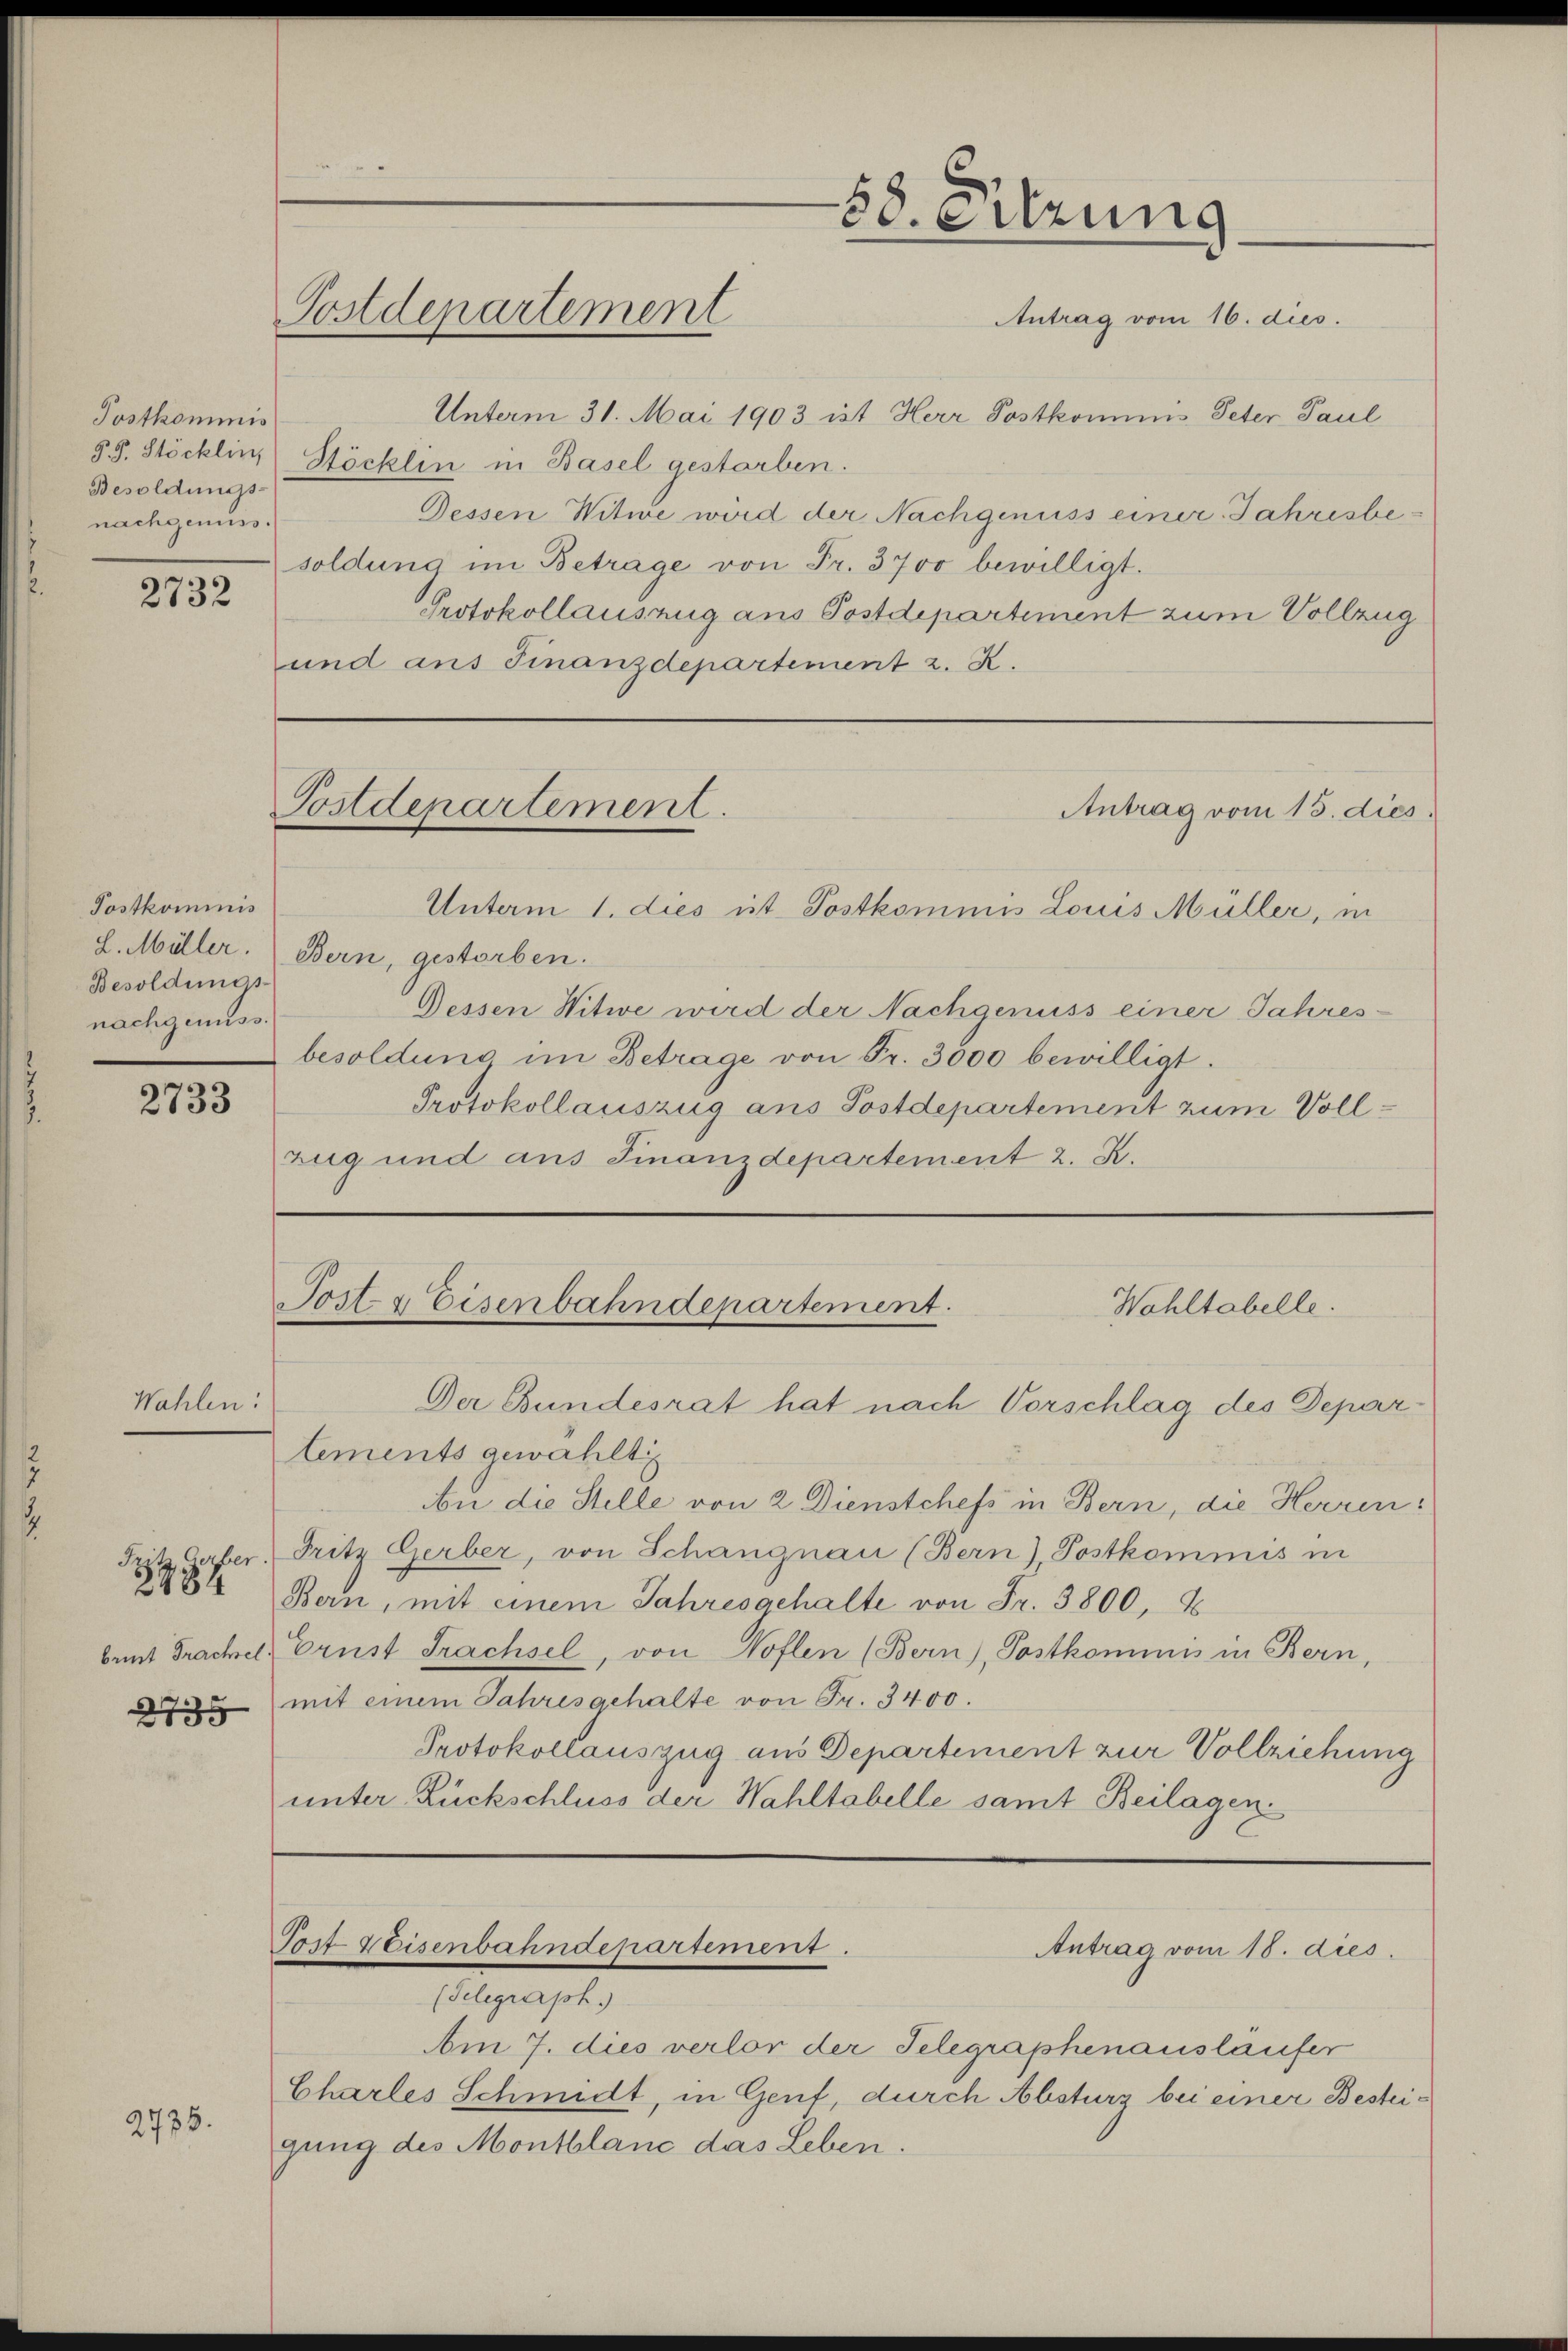
Postkommis
Besoldungs-
nachgenuss.
2732

Postkommnis
Besoldungs-
nachgenuss.

2733

Wahlen:

S
brist Trachsel.
2735

2434

2735.

s
58. Sitzung
Postdepartement
Antrag vom 16. dies.

Unterm 31. Mai 1903 ist Herr Postkommnis Peter Paul
58. Stöcklin Stöcklin in Basel gestarben.
Dessen Witwe wird der Nachgenuss einer Jahresbesoldung im Betrage von Fr. 3700 bewilligt.
Protokollauszug aus Postdepartement zum Vollzug
und aus Finanzdepartement z. R.

Postdepartement.
Antrag vom 15. dies

Post- & Eisenbahndepartement.
Wahltabelle.

L. Müller. Bern, gestorben.
Dessen Witwe wird der Nachgenuss einer Jahres-
besoldung im Betrage von Fr. 3000 bewilligt.
Protokollauszug aus Postdepartement zum Voll¬
Zug und aus Finanzdepartement z. B.

Der Bundesrat hat nach Vorschlag des Deparlements gewählt
An die Stelle von 2 Dienstchefs in Bern, die Herren:
Gaber, Pritz Gerber, von Schangnau (Bern), Postkommis in
Bern, mit einem Jahresgehalte von Fr. 3800, S
Crust Trachsel, von Noflen (Bern), Postkommnis in Bern,
mit einem Jahresgehalte von Fr. 3400.
Protokollauszug aus Departement zur Vollziehung
unter Rückschluss der Wahltabelle samt Beilagen

Tost Weisenbahndepartement.

Unterm 1. dies ist. Postkommis Louis Müller, in

(Telegraph.)
Am 7. dies verlor der Telegraphenauslaufer
Charles Schmidt, in Genf, durch Absturz bei einer Besteigung des Montblanc das Leben.

Antrag vom 18. dies